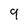
Character: 9